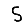
Digit: 5